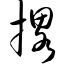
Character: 撂